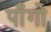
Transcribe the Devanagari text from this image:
पाँगो